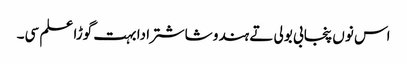
اس نوں پنجابی بولی تے ہندو شاشترا دا بہت گوڑا علم سی۔